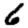
Digit: 6